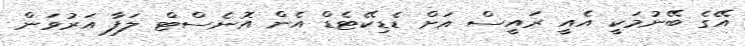
އޭގެ ބޭނުމަކީ އެއީ ރައީސް އަށް ޑެޑިކޭޓެޑް އެން އޮނެސްޓް ލަފާ އަރުވަން